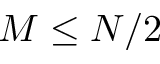
M \le N / 2